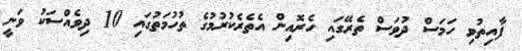
ފާއިތުވި ހަމަސް ދުވަސް ތެރޭގައި ހެރޮއިން އެތެރެކުރުމުގެ ތުހުމަތުގައި 10 ދިވެއްސަކު ވަނީ